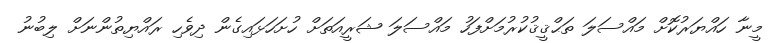
މީނާ ހައްޔަރުކޮށް މައްސަލަ ތަޙްޤީޤުކުރުމަށްފަހު މައްސަލަ ޝަރީއަތަށް ހުށަހަޅައިގެން ދިވެހި ރައްޔިތުންނަށް ލިބުނު